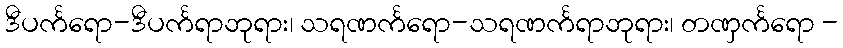
ဒီပင်္ကရော-ဒီပင်္ကရာဘုရား၊ သရဏင်္ကရော-သရဏင်္ကရာဘုရား၊ တဏှင်္ကရော -